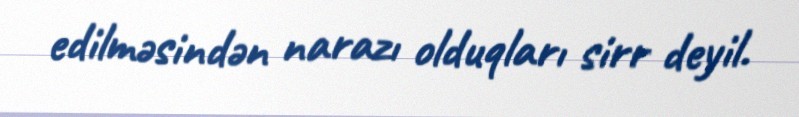
edilməsindən narazı olduqları sirr deyil.